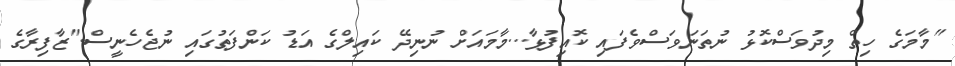
"މާމަގެ ހިތް މިދުވަސްކޮޅު ނުތަނަވަސްވެފައި ކޮއިފުޅާ...މާމައަށް ނުނިދޭ ކައިލްގެ އަޑު ކަންފަތުގައި ނުޖެހެނީސް."ޒާފިރާގެ